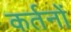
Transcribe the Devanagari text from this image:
कर्तनों